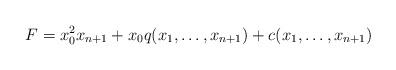
LaTeX: \begin{align*}F=x_0^2 x_{n+1}+x_0 q(x_1,\dotsc,x_{n+1})+c(x_1,\dotsc,x_{n+1})\end{align*}